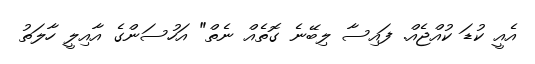
އެއީ ކުޑަ ކުއްޖެއް. ފައިސާ ލިބޭނެ ގޮތެއް ނެތް" އަހުސަންގެ އާއިލީ ހާލަތު